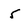
Character: 5